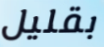
بقليل